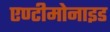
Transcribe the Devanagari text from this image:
एण्टीमोनाइड